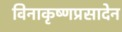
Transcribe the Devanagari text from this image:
विनाकृष्णप्रसादेन